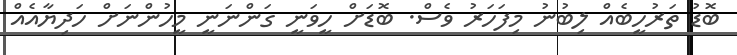
ބޮޑު ތަރުހީބެއް ލިބުނު މިފަހަރު ވެސް. ބޮޑަށް ހީވަނީ ގަންނަނީ މީހުންނަށް ހަދިޔާއެއް